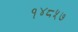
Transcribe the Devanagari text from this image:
१४८५७